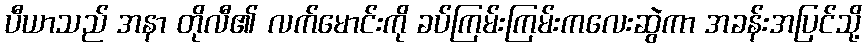
ပီယာသည် အနာ တိုလီ၏ လက်မောင်းကို ခပ်ကြမ်းကြမ်းကလေးဆွဲကာ အခန်းအပြင်သို့